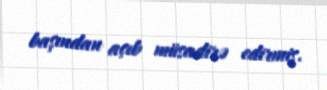
başından açıb müsadirə edirmiş.